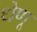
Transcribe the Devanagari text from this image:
धेणू